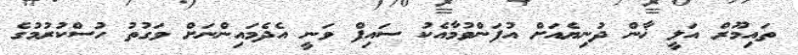
ތައިމޫރް އަލީ ޚާން ދުނިޔެއަށް އުފަންވުމާއެކު ސައިފް ވަނީ އެދެމައިންނަށް ވަގުތު ހުސްކުރުމުގެ